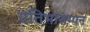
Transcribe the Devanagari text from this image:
प्रतिभासम्पन